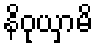
နိဝုယှာမိ